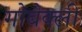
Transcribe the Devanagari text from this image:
गोबेक्ली